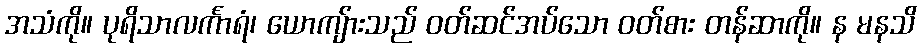
အသံကို။ ပုရိသာလင်္ကာရံ၊ ယောကျ်ားသည် ဝတ်ဆင်အပ်သော ဝတ်စား တန်ဆာကို။ န မနသိ